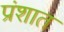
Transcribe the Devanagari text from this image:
प्रंशात